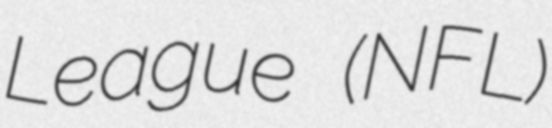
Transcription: League (NFL)